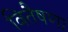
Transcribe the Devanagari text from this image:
वितैषणा